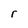
Character: r